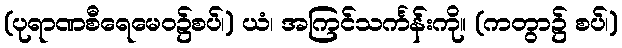
(ပုရာဏစီရေမေဝ၌စပ်၊) ယံ၊ အကြင်သင်္ကန်းကို။ (ကတွာ၌ စပ်၊)